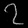
Digit: ၇